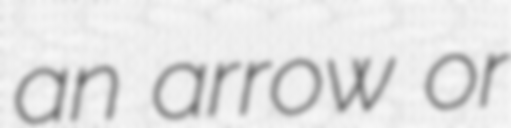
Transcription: an arrow or